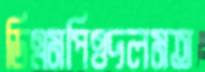
ডিএমপিওদলমত